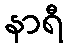
နာရီ